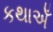
કથાએઁ